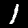
Label: 1